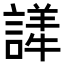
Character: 𬣂